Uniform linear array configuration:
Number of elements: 16
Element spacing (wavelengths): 1
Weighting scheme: hamming
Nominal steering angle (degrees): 30
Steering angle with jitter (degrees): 28.017
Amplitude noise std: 0.05
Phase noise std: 0.05

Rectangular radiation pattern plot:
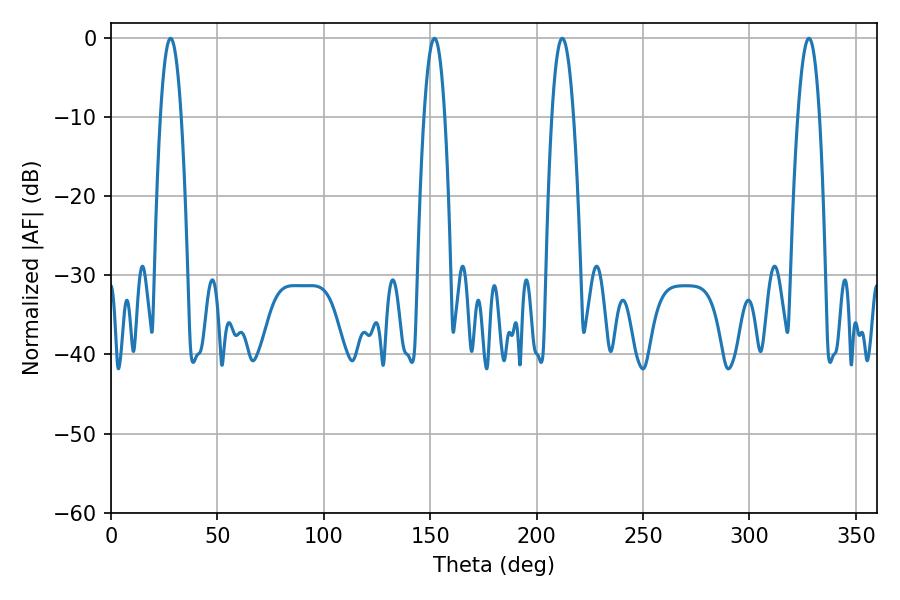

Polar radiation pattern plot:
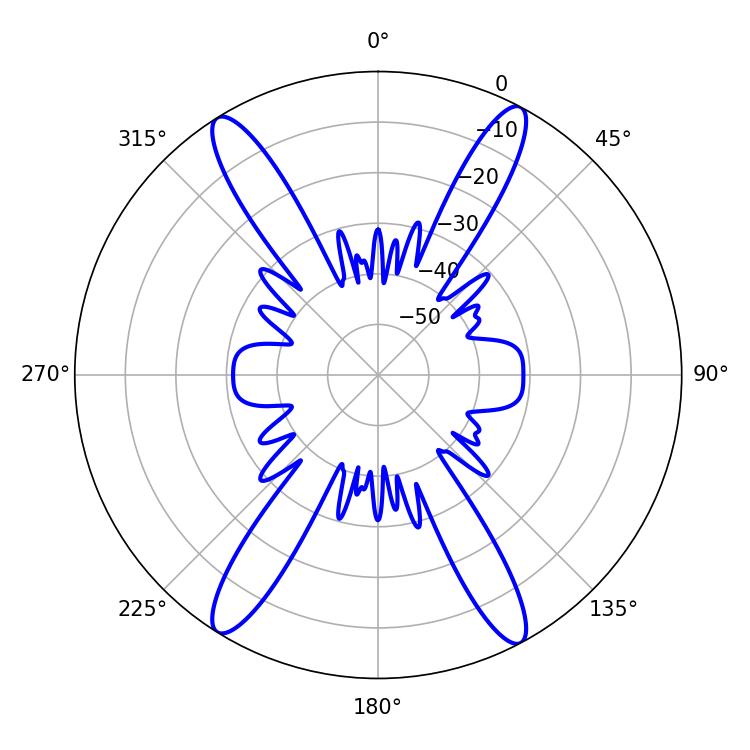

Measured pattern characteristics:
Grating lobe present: TRUE
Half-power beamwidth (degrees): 5.58
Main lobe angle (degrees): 212.04